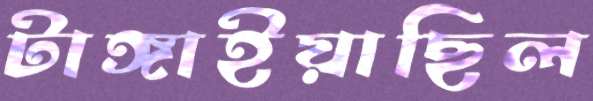
টাঙ্গাইয়াছিল